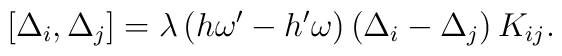
[ \Delta_i , \Delta_j ] = \lambda \, (h\omega'-h'\omega)  \, ( \Delta_i- \Delta_j )  \, K_{ij}.